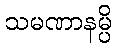
သမဏာနမ္ပိ